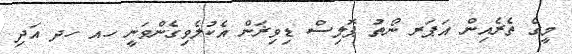
މީގެ ތެރެއިން އަޕަރ ނޯތު ޕޮލިސް ޑިވިޜަން އެކުލެވިގެންވަނީ ހއ ހދ އަދި